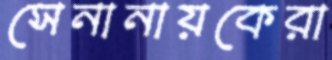
সেনানায়কেরা